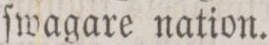
ſwagare nation.